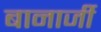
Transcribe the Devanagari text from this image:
बानार्जी